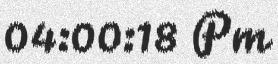
04:00:18 Pm